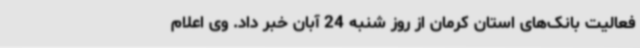
فعالیت بانک‌های استان کرمان از روز شنبه 24 آبان خبر داد. وی اعلام